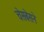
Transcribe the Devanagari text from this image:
चेसबेसने